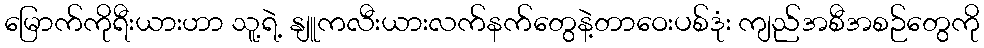
မြောက်ကိုရီးယားဟာ သူ့ရဲ့ နျူကလီးယားလက်နက်တွေနဲ့တာဝေးပစ်ဒုံး ကျည်အစီအစဉ်တွေကို